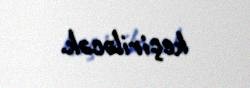
keçiriləcək.